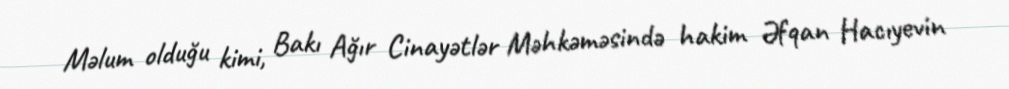
Məlum olduğu kimi, Bakı Ağır Cinayətlər Məhkəməsində hakim Əfqan Hacıyevin